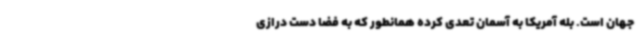
جهان است. بله آمریکا به آسمان تعدی کرده همانطور که به فضا دست درازی